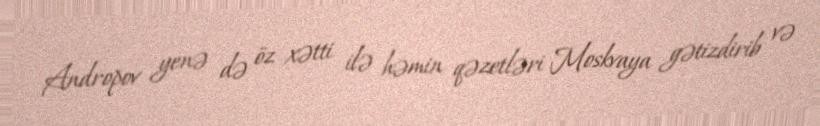
Andropov yenə də öz xətti ilə həmin qəzetləri Moskvaya gətizdirib və